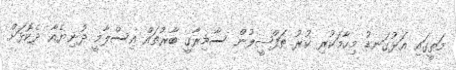
މަތީގައި އަޅުގަނޑު މިހާމަކުރި ކުރު ތަފްޞީލުން ސާމިރާގީ ބާރުތައް އިސްލާމީ ދުނިޔެއާ ދެކޮޅަށް